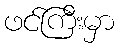
ဖင်ကြီးမှာ